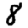
Digit: 8